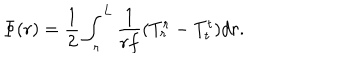
\Phi ( r ) = { \frac { 1 } { 2 } } \int _ { r } ^ { L } { \frac { 1 } { r f } } ( T _ { r } ^ { r } - T _ { t } ^ { t } ) d r .